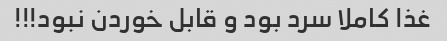
غذا کاملا سرد بود و قابل خوردن نبود!!!